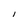
Character: l